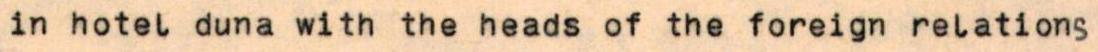
in hotel duna with the heads of the foreign relations